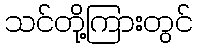
သင်တို့ကြားတွင်